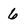
Character: 6